65_HS1-834228961_62-HQ-83894_Section_5
Agency: FBI
Page 81
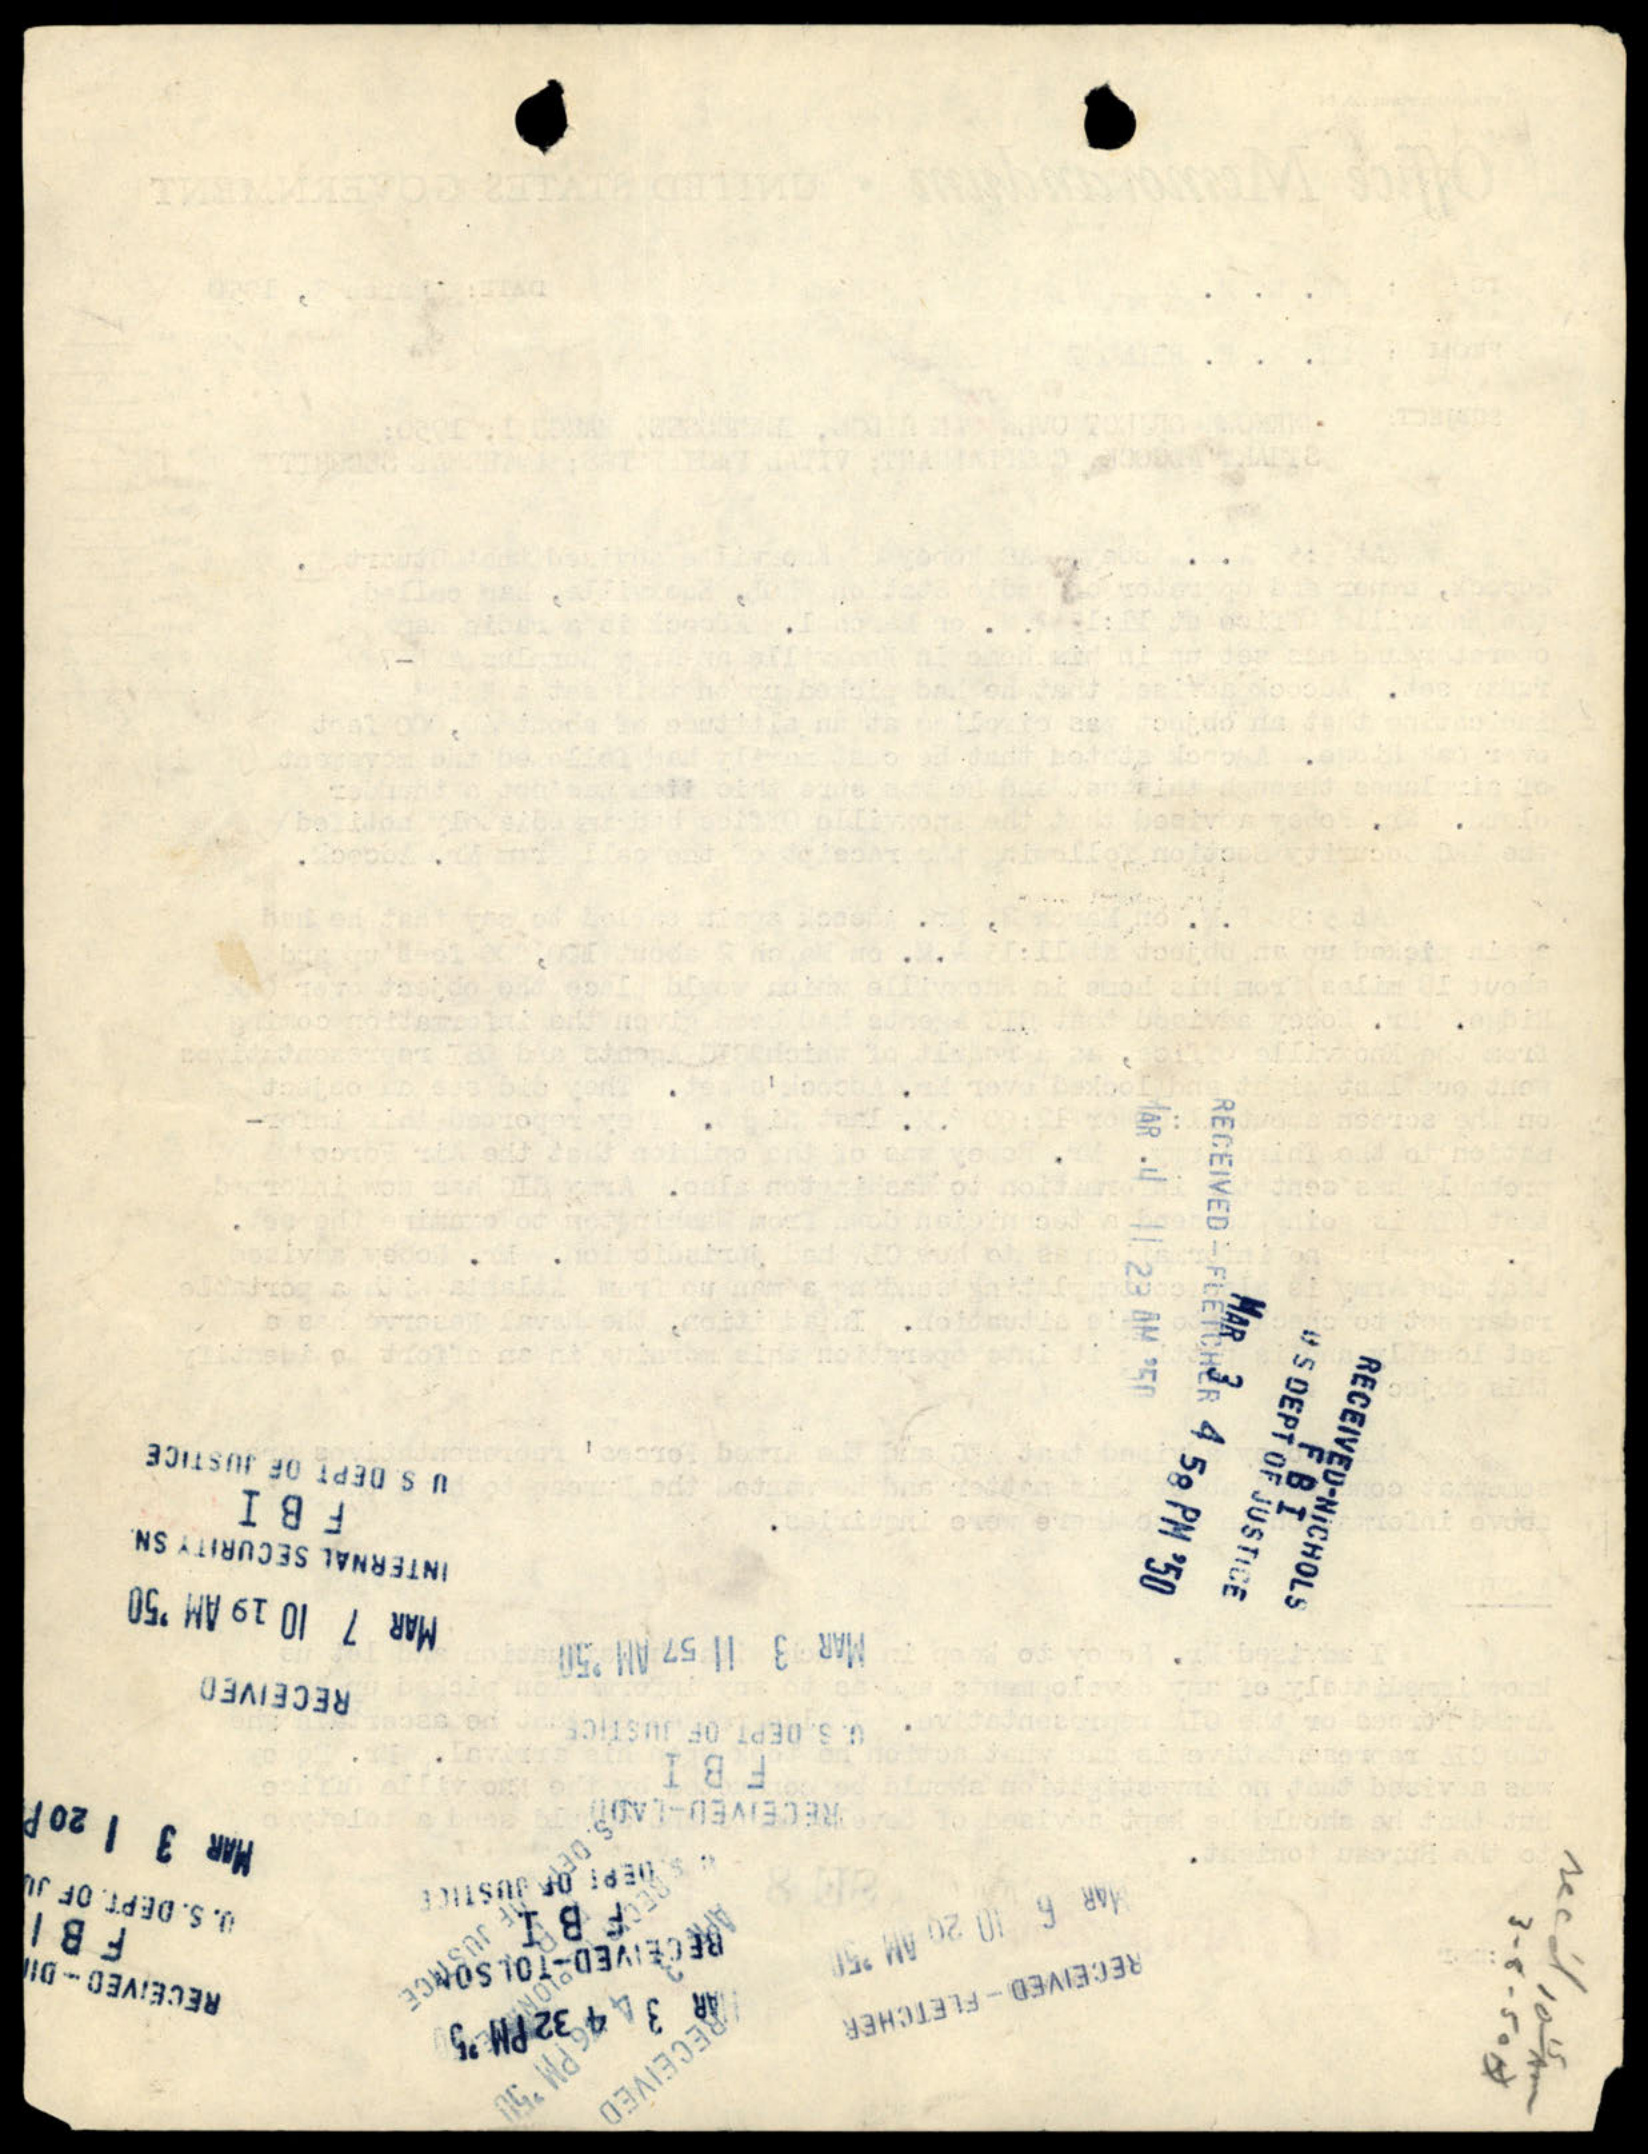